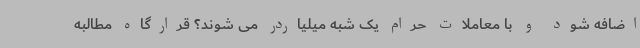
اضافه شود و با معاملات حرام یک شبه میلیاردر می شوند؟ قرارگاه مطالبه